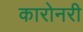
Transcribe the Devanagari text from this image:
कारोनरी